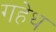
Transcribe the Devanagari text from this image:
गहेथ